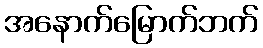
အနောက်မြောက်ဘက်